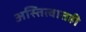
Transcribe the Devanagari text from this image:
अस्तित्वातही